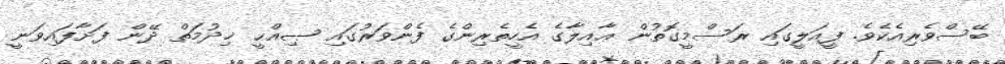
ބޭސްވެރިއެކެވެ. ފީއަލީގައި ރަސްމީގޮތުން ޢާއިލާގެ އެހީތެރިންގެ ފެންވަރުގައި ޞިއްޙީ ޚިދުމަތް ދޭން ފަށާފައިވަނީ